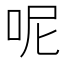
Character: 呢